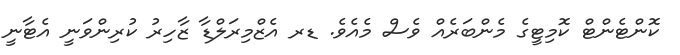
ކޮންޓެންޓް ކޮމިޓީގެ މެންބަރެއް ވެސް މެއެވެ. ޑރ އެޒްމިރަލްޑާ ޒާހިރު ކުރިންވަނީ އެޓާނީ